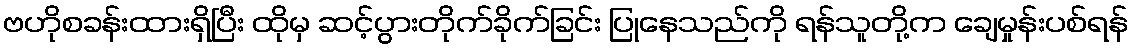
ဗဟိုစခန်းထားရှိပြီး ထိုမှ ဆင့်ပွားတိုက်ခိုက်ခြင်း ပြုနေသည်ကို ရန်သူတို့က ချေမှုန်းပစ်ရန်